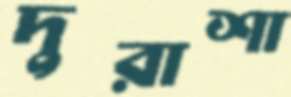
দুরাশা